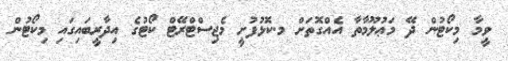
ވީމާ މިކޯޓުން ދޭ މަޢުލޫމާތާ އެއްގޮތަށް މ.ކޮޅުފުށީ މެޖިސްޓްރޭޓް ކޯޓުގެ އިދާރީބައިގައި މިކޯޓުން